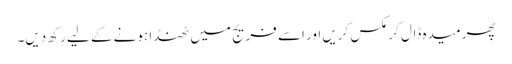
پھر میدہ ڈال کر مکس کریں اور اسے فریج میں ٹھنڈا ہونے کے لیے رکھ دیں۔